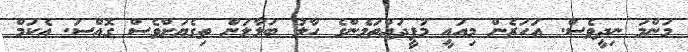
މަންމަ ނިދީވެސް. އަހަރެން މިއައީ މުފީދައްތަމެންގެ ހާލު ބަލާލަން ތިގެޔަށްވެސް ގޮއްސަ. އެކަމް